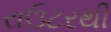
રાઉટરથી